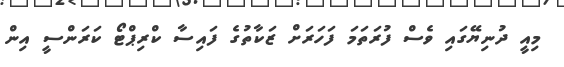
މިއީ ދުނިޔޭގައި ވެސް ފުރަތަމަ ފަހަރަށް ޒަކާތުގެ ފައިސާ ކްރިޕްޓޯ ކަރަންސީ އިން